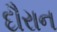
દૌરાન